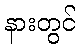
နားတွင်